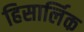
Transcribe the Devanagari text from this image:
हिसार्लिक